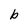
Character: b